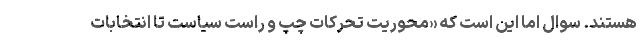
هستند. سوال اما این است که «محوریت تحرکات چپ و راست سیاست تا انتخابات